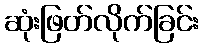
ဆုံးဖြတ်လိုက်ခြင်း